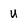
Character: u